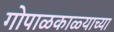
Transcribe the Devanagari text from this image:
गोपाळकाळ्याच्या